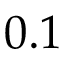
0 . 1